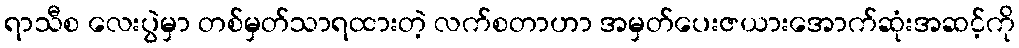
ရာသီစ လေးပွဲမှာ တစ်မှတ်သာရထားတဲ့ လက်စတာဟာ အမှတ်ပေးဇယားအောက်ဆုံးအဆင့်ကို